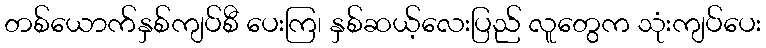
တစ်ယောက်နှစ်ကျပ်စီ ပေးကြ၊ နှစ်ဆယ့်လေးပြည် လူတွေက သုံးကျပ်ပေး